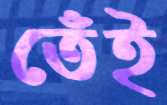
তেঁই